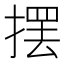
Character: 摆